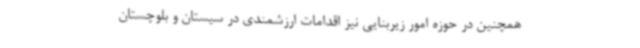
همچنین در حوزه امور زیربنایی نیز اقدامات ارزشمندی در سیستان و بلوچستان